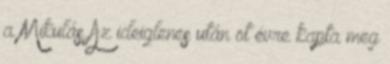
a Mikulás Az ideiglenes után öt évre kapta meg